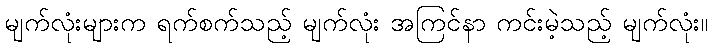
မျက်လုံးများက ရက်စက်သည့် မျက်လုံး အကြင်နာ ကင်းမဲ့သည့် မျက်လုံး။